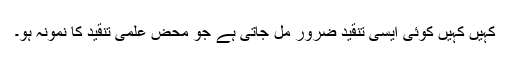
کہیں کہیں کوئی ایسی تنقید ضرور مل جاتی ہے جو محض علمی تنقید کا نمونہ ہو۔